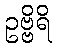
ဥဗ္ဗိရိ